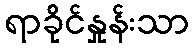
ရာခိုင်နှုန်းသာ